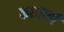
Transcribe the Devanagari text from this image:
कछाली